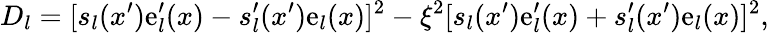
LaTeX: D_{l}=[s_{l}(x^{\prime})\mathrm{e}_{l}^{\prime}(x)-s_{l}^{\prime}(x^{\prime})\mathrm{e}_{l}(x)]^{2}-\xi^{2}[s_{l}(x^{\prime})\mathrm{e}_{l}^{\prime}(x)+s_{l}^{\prime}(x^{\prime})\mathrm{e}_{l}(x)]^{2},